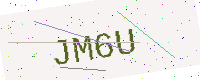
Text: JM6U